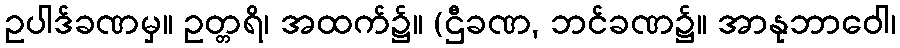
ဥပါဒ်ခဏမှ။ ဥတ္တရိ၊ အထက်၌။ (ဌီခဏ, ဘင်ခဏ၌။ အာနုဘာဝေါ၊